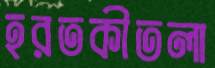
হরতকীতলা